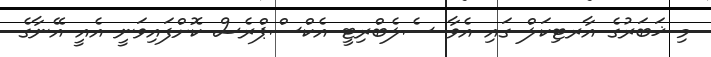
މި ޚަބަރުގެ އާރޓިކަލް ގައި އެވާ ސެލެބްރިޓީ އެކްސްޕްރެސް ކޮށްފައިވަނީ އެއީ އޭނާގެ